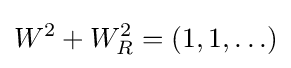
W^{2}+W_{R}^{2}=(1,1,\ldots )